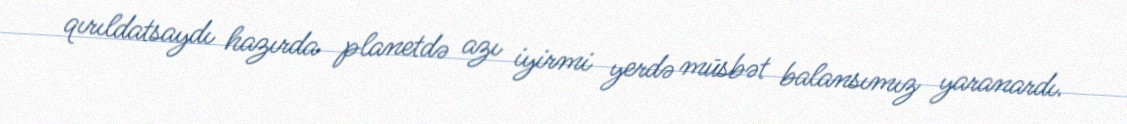
qırıldatsaydı hazırda planetdə azı iyirmi yerdə müsbət balansımız yaranardı.